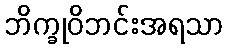
ဘိက္ခုဝိဘင်းအရသာ